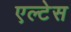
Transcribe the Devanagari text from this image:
एल्टेस